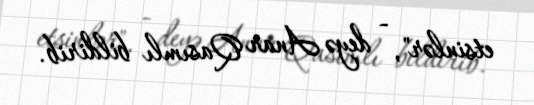
etsinlər", - deyə Anar Qasımlı bildirib.